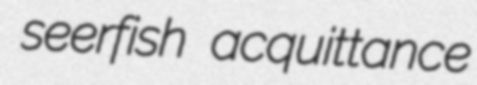
seerfish acquittance